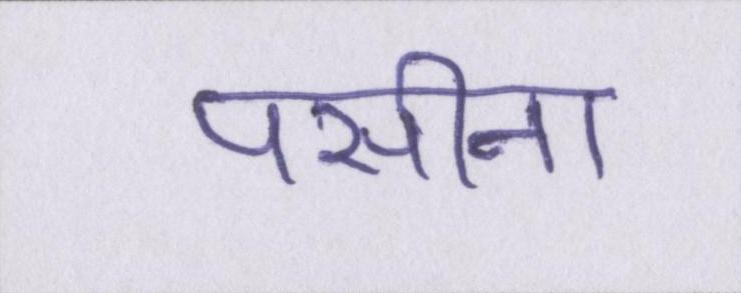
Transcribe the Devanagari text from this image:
पसीना